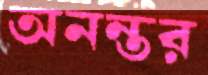
অনন্তর